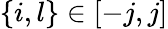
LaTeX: \{ i,l\} \in[-j,j]